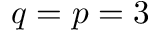
q = p = 3